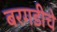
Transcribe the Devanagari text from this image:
बरगडीचे